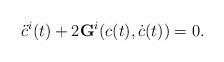
LaTeX: \begin{align*}\ddot{c}^i(t)+2 \mathbf{G}^i(c(t),\dot{c}(t))=0.\end{align*}